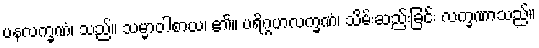
ပနလက္ခဏံ၊ သည်။ သမ္မာဝါစာယ၊ ၏။ ပရိဂ္ဂဟလက္ခဏံ၊ သိမ်းဆည်းခြင်း လက္ခဏာသည်။